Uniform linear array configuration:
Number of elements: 16
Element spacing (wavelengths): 0.25
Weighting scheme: exponential
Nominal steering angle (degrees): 30
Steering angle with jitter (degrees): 29.409
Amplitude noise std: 0.05
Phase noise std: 0.05

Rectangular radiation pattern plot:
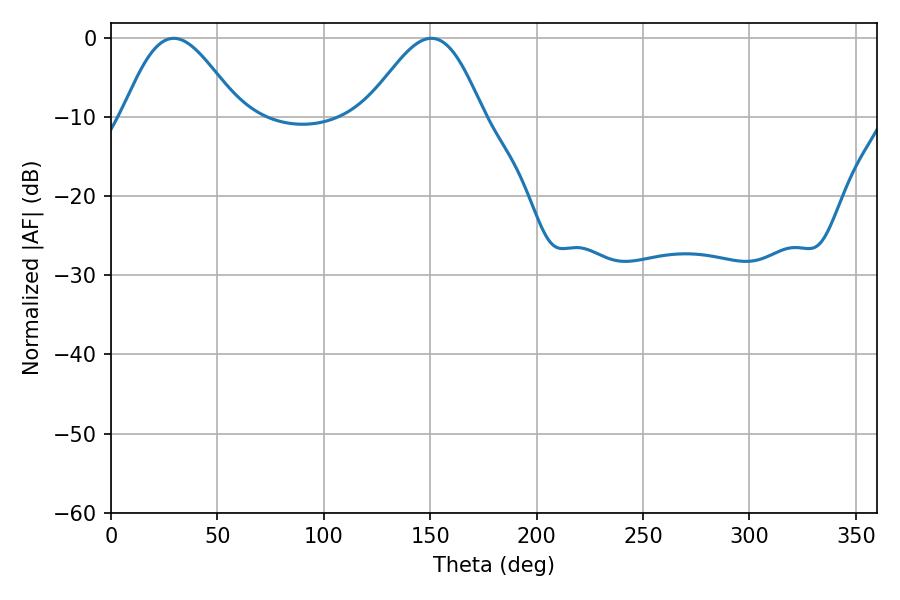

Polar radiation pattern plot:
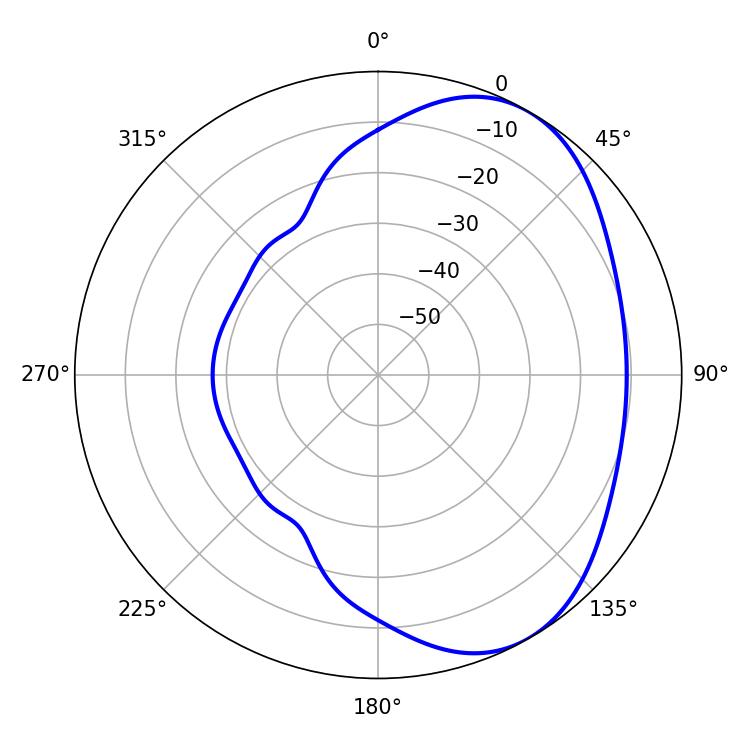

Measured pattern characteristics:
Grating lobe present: FALSE
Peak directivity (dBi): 4.825
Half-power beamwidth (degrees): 29.16
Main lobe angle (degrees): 29.52